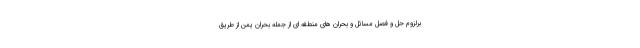
برلزوم حل و فصل مسائل و بحران های منطقه ای از جمله بحران یمن از طریق